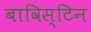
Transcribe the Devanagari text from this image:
बाविस्टिन